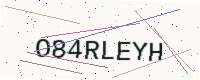
Text: O84RLEYH